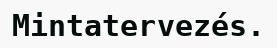
Mintatervezés.